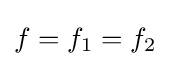
f=f_{1}=f_{2}